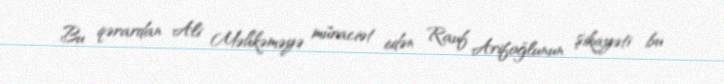
Bu qərardan Ali Məhkəməyə müraciət edən Rauf Arifoğlunun şikayəti bu